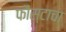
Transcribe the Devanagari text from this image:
फौस्टाचा